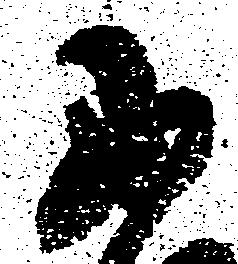
に